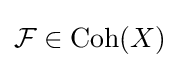
{\mathcal {F}}\in {\text{Coh}}(X)